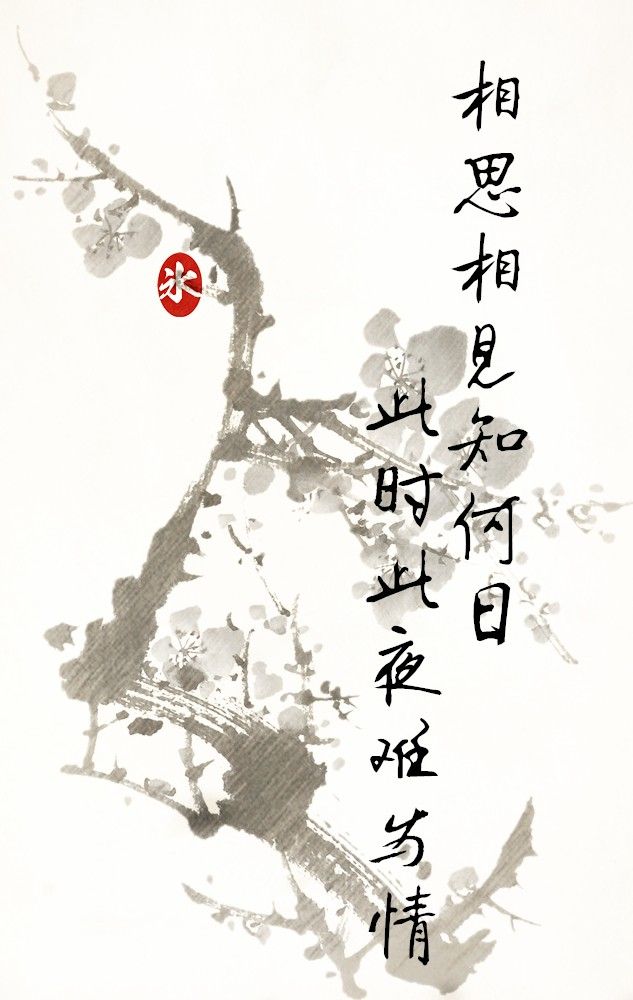
相思相见知何日？此时此夜难为情！